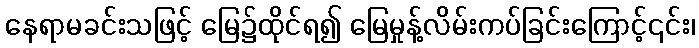
နေရာမခင်းသဖြင့် မြေ၌ထိုင်ရ၍ မြေမှုန့်လိမ်းကပ်ခြင်းကြောင့်၎င်း၊